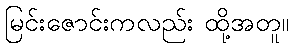
မြင်းဇောင်းကလည်း ထို့အတူ။